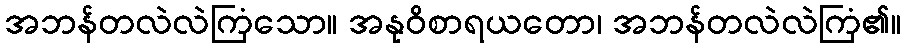
အဘန်တလဲလဲကြံသော။ အနုဝိစာရယတော၊ အဘန်တလဲလဲကြံ၏။